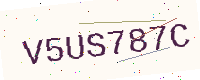
Text: V5US787C